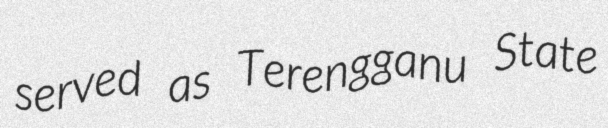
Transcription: served as Terengganu State